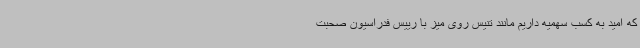
که امید به کسب سهمیه داریم مانند تنیس روی میز با رییس فدراسیون صحبت